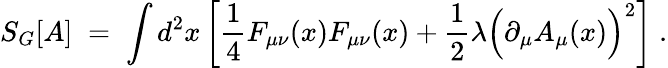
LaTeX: S_{G}[A]\; =\; \int d^{2}x\left[\frac{1}{4}F_{\mu\nu}(x)F_{\mu\nu}(x)+\frac{1}{2}\lambda\Big(\partial_{\mu}A_{\mu}(x)\Big)^{2}\right]\; .